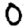
Digit: 0